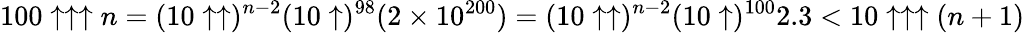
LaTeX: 100\uparrow\uparrow\uparrow n=(10\uparrow\uparrow)^{n-2}(10\uparrow)^{98}(2\times 10^{200})=(10\uparrow\uparrow)^{n-2}(10\uparrow)^{100}2.3<10\uparrow\uparrow\uparrow(n+1)